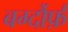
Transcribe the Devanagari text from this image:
बर्ग्दौर्फ़